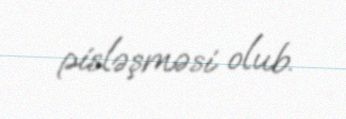
pisləşməsi olub.